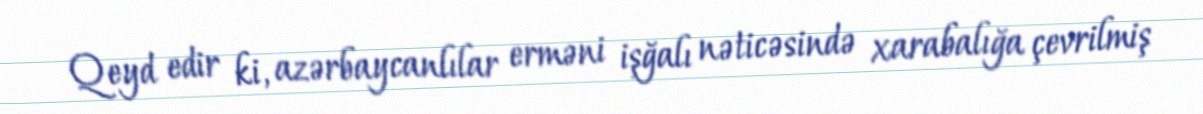
Qeyd edir ki, azərbaycanlılar erməni işğalı nəticəsində xarabalığa çevrilmiş